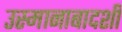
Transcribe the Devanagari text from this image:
उस्मानाबादशी